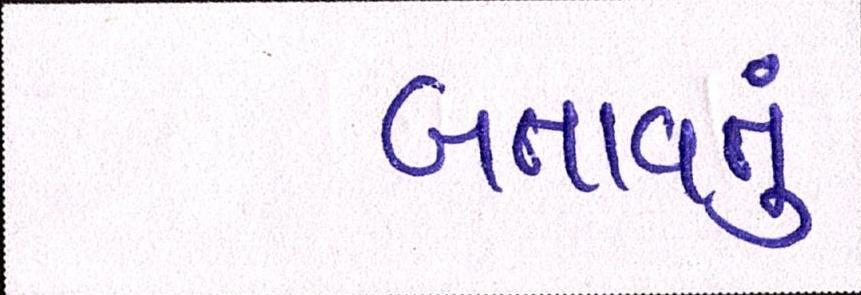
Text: બતાવતું